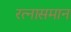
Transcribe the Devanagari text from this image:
रत्नासमान